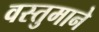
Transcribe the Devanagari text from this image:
वस्तुमाने